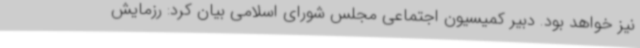
نیز خواهد بود. دبیر کمیسیون اجتماعی مجلس شورای اسلامی بیان کرد: رزمایش